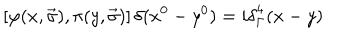
LaTeX: \left[ \varphi ( x , \vec { \sigma } ) , \pi ( y , \vec { \sigma } ) \right] \delta ( x ^ { 0 } - y ^ { 0 } ) = i { \delta } _ { \Gamma } ^ { 4 } ( x - y )